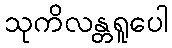
သုကိလန္တရူပေါ